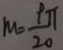
M = \frac { \rho \pi } { 2 0 }